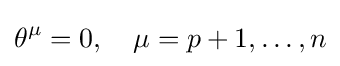
\theta ^{\mu }=0,\quad \mu =p+1,\dots ,n